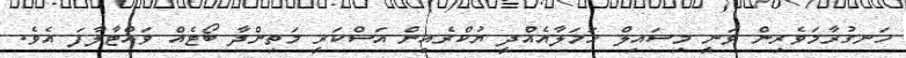
ހަނގުރާމަވެރިން ވަނީ މިސައިލް ހަމަލާއެއްދީ ޔުކްރެއިން އަސްކަރީ މަތިންދާ ބޯޓެއް ވައްޓާލާފަ އެވެ.